Civil Veterinary Department Bihar & Orissa reports 1922-29 - 1922-1929
Year: 1922
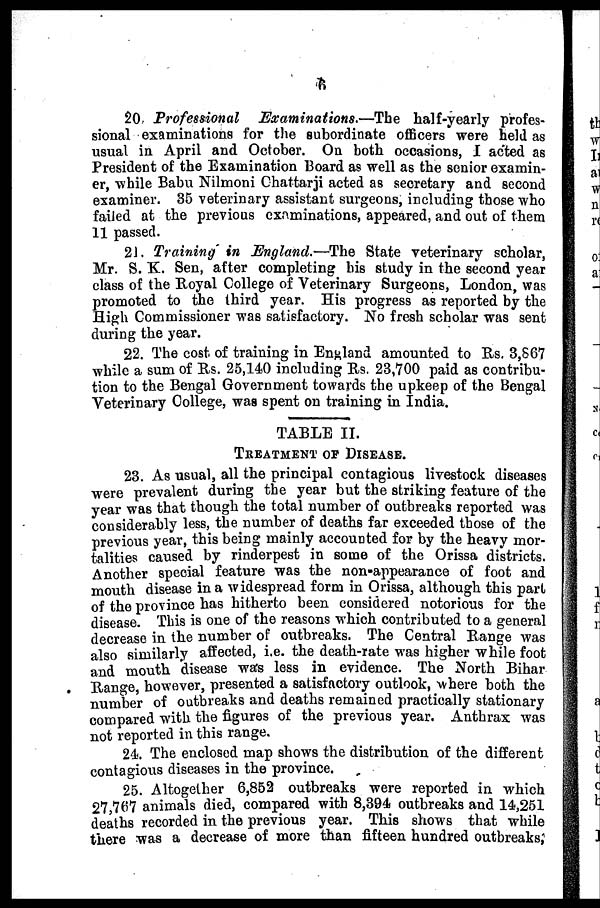
6
20. Professional
Examinations.—The
half-yearly profes-
sional examinations for the subordinate officers were held as
usual in April and October. On both occasions, I acted as
President of the Examination Board as well as the senior examin-
er, while Babu Nilmoni Chattarji acted as secretary and second
examiner. 35 veterinary assistant surgeons, including those who
failed at the previous examinations, appeared, and out of them
11 passed.
21. Training in England.—The State veterinary scholar,
Mr. S. K. Sen, after completing his study in the second year
class of the Royal College of Veterinary Surgeons, London, was
promoted to the third year. His progress as reported by the
High Commissioner was satisfactory. No fresh scholar was sent
during the year.
22. The cost, of training in England amounted to Rs. 3,S67
while a sum of Its. 25,140 including Rs. 23,700 paid as contribu-
tion to the Bengal Government towards the upkeep of the Bengal
Veterinary College, was spent on training in India.
TABLE II.
TREATMENT OF DISEASE.
23. As usual, all the principal contagious livestock diseases
were prevalent during the year but the striking feature of the
year was that though the total number of outbreaks reported was
considerably less, the number of deaths far exceeded those of the
previous year, this being mainly accounted for by the heavy mor-
talities caused by rinderpest in some of the Orissa districts.
Another special feature was the non-appearance of foot and
mouth disease in a widespread form in Orissa, although this part
of the province has hitherto been considered notorious for the
disease. This is one of the reasons which contributed to a general
decrease in the number of outbreaks. The Central Range was
also similarly affected, i.e. the death-rate was higher while foot
and mouth disease was less in evidence. The North Bihar
Range, however, presented a satisfactory outlook, where both the
number of outbreaks and deaths remained practically stationary
compared with the figures of the previous year. Anthrax was
not reported in this range.
24. The enclosed map shows the distribution of the different
contagious diseases in the province.
25. Altogether 6,852 outbreaks were reported in which
27,767 animals died, compared with 8,394 outbreaks and 14,251
deaths recorded in the previous year. This shows that while
there was a decrease of more than fifteen hundred outbreaks,